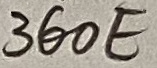
Text: 360E